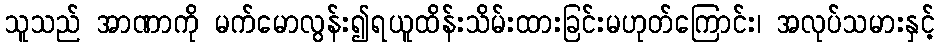
သူသည် အာဏာကို မက်မောလွန်း၍ရယူထိန်းသိမ်းထားခြင်းမဟုတ်ကြောင်း၊ အလုပ်သမားနှင့်